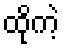
ထိုကဲ့